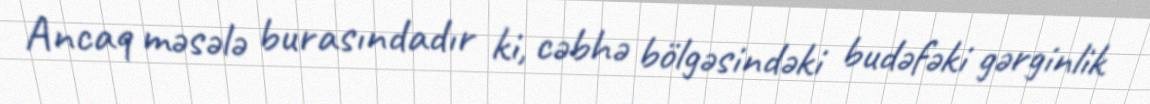
Ancaq məsələ burasındadır ki, cəbhə bölgəsindəki budəfəki gərginlik